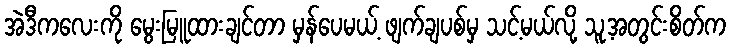
အဲဒီကလေးကို မွေးမြူထားချင်တာ မှန်ပေမယ့် ဖျက်ချပစ်မှ သင့်မယ်လို့ သူ့အတွင်းစိတ်က